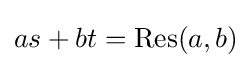
as+bt=\operatorname {Res} (a,b)